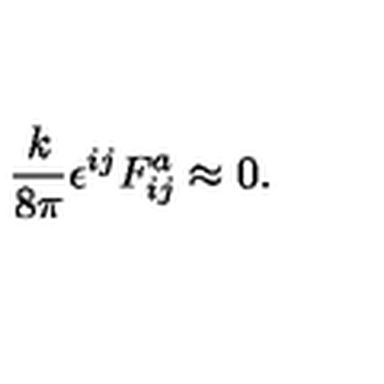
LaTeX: { \frac { k } { 8 \pi } } \epsilon ^ { i j } F _ { i j } ^ { a } \approx 0 .